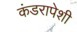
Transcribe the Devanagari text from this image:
कंडरापेशी